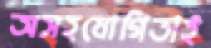
অসহযোগিতাই